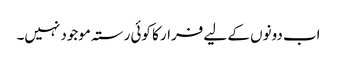
اب دونوں کے لیے فرار کا کوئی رستہ موجود نہیں۔